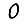
Digit: 0